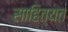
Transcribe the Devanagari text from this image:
साहित्यत